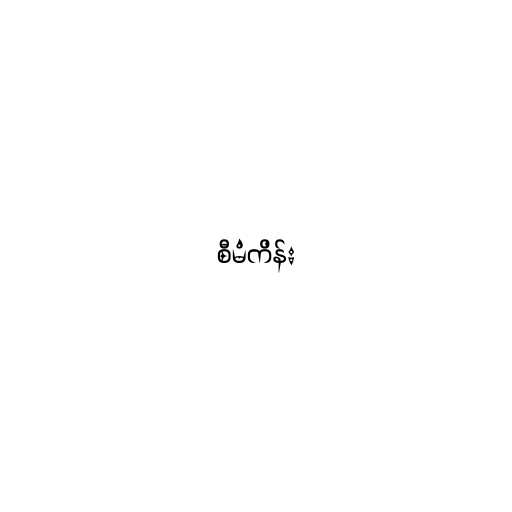
စီမံကိန်း